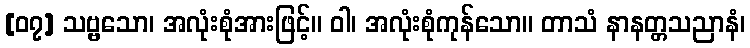
[၀၇] သဗ္ဗသော၊ အလုံးစုံအားဖြင့်။ ဝါ၊ အလုံးစုံကုန်သော။ တာသံ နာနတ္တသညာနံ၊